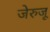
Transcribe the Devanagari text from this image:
जेरुजू